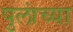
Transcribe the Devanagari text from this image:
पुलांच्या